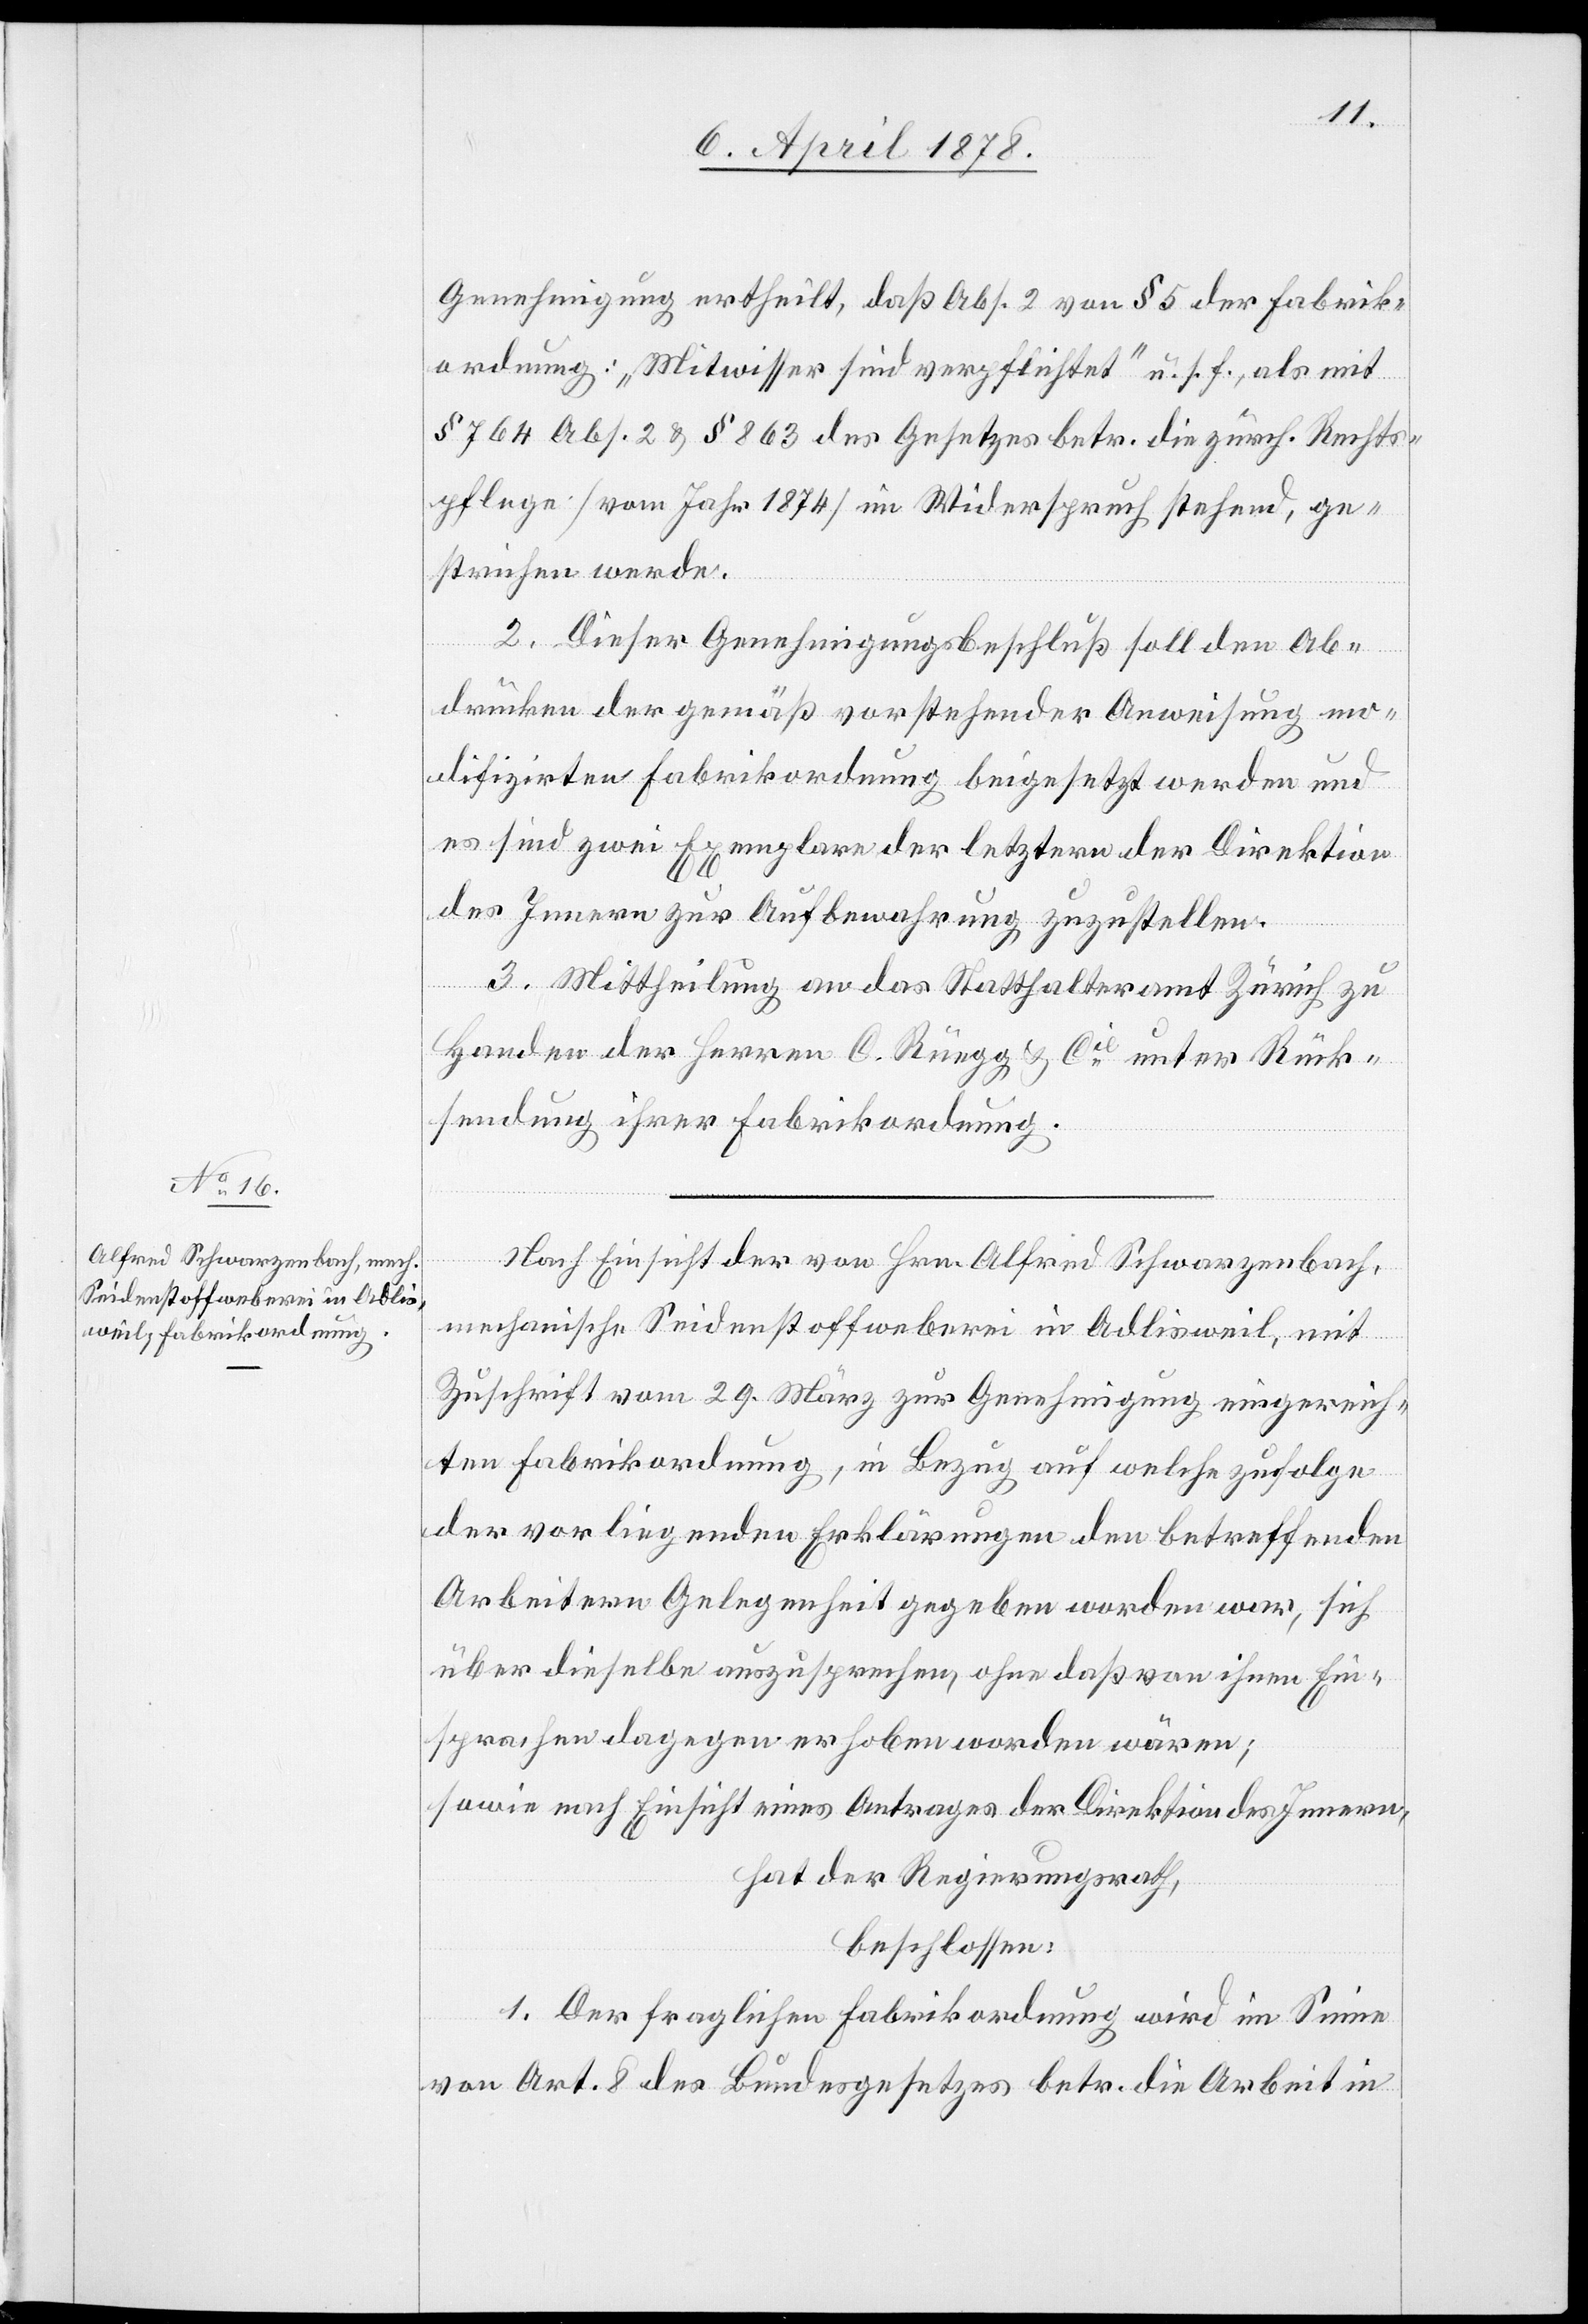
Genehmigung ertheilt, daß Abs. 2 von § 5 der Fabrik¬
ordnung: „Mitwisser sind verpflichtet“ u. s. f., als mit
§ 764 Abs. 2 & § 863 des Gesetzes betr. die zürch. Rechts¬
pflege (vom Jahr 1874) im Widerspruch stehend, ge¬
strichen werde.
der
2. Dieser Genehmigungsbeschluß soll den Ab¬
drücken der gemäß vorstehender Anweisung mo¬
difizirten Fabrikordnung beigesetzt werden und
es sind zwei Exemplare der letztern der Direktion
des Innern zur Aufbewahrung zuzustellen.
3. Mittheilung an das Statthalteramt Zürich zu
Handen der Herren C. Rüegg & Cie unter Rück¬
sendung ihrer Fabrikordnung.
Nach Einsicht der von Hrn. Alfred Schwarzenbach,
mechanische Seidenstoffweberei in Adlisweil, mit
Zuschrift vom 29. März zur Genehmigung eingereich¬
ten Fabrikordnung, in Bezug auf welche nach der
Arbeitern Gelegenheit gegeben worden war, sich
über dieselbe auszusprechen, ohne daß von ihnen Ein¬
sprachen dagegen erhoben worden wären;
sowie nach Einsicht eines Antrages der Direktion des Innern,
hat der Regierungsrath,
beschlossen:
1. Der fraglichen Fabrikordnung wird im Sinne
von Art. 8 des Bundesgesetzes betr. die Arbeit in